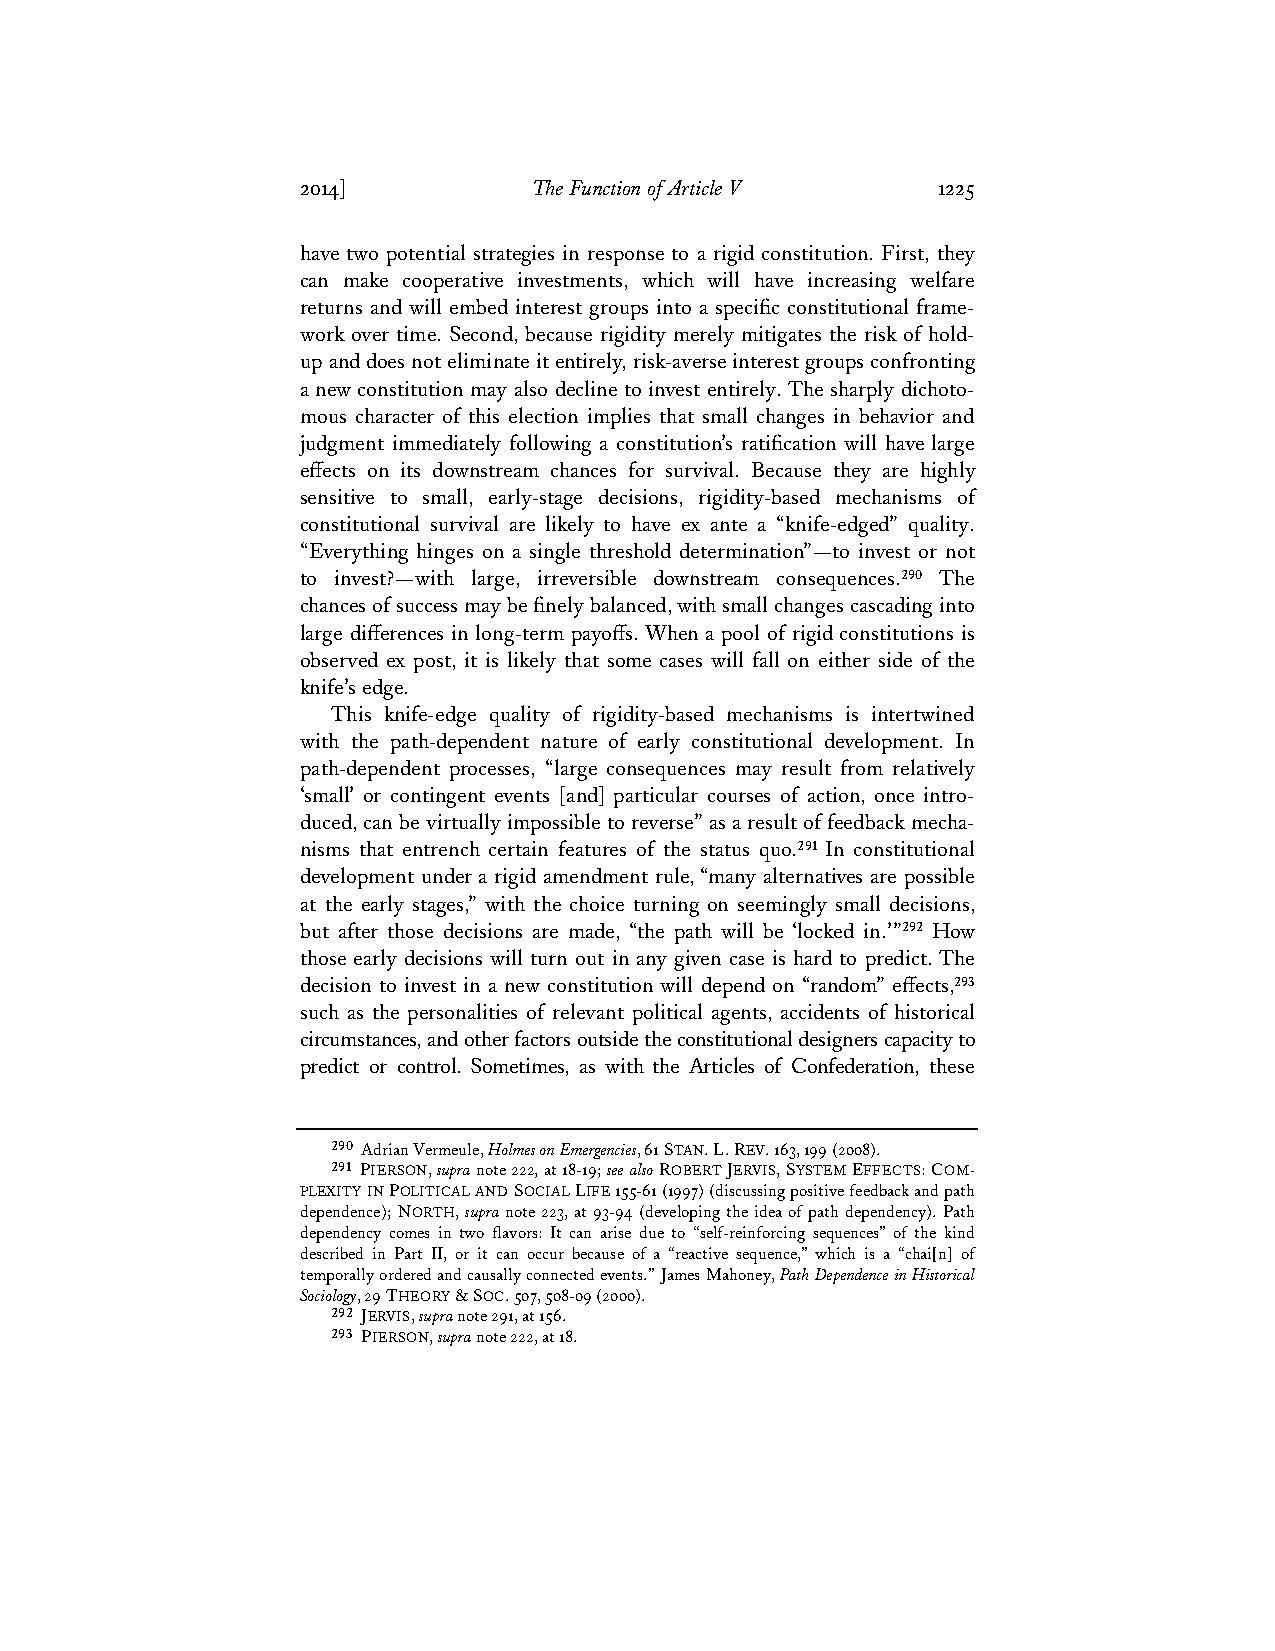
2014]          The Function of Article V  1225
 have two potential strategies in response to a rigid constitution. First, they
 can make cooperative investments, which will have increasing welfare
 returns and will embed interest groups into a specific constitutional frame-
 work over time. Second, because rigidity merely mitigates the risk of hold-
 up and does not eliminate it entirely, risk-averse interest groups confronting
 a new constitution may also decline to invest entirely. The sharply dichoto-
 mous character of this election implies that small changes in behavior and
 judgment immediately following a constitution’s ratification will have large
 effects on its downstream chances for survival. Because they are highly
 sensitive to small, early-stage decisions, rigidity-based mechanisms of
 constitutional survival are likely to have ex ante a “knife-edged” quality.
 “Everything hinges on a single threshold determination”—to invest or not
 to invest?—with large, irreversible downstream consequences.290 The
 chances of success may be finely balanced, with small changes cascading into
 large differences in long-term payoffs. When a pool of rigid constitutions is
 observed ex post, it is likely that some cases will fall on either side of the
 knife’s edge.
 This knife-edge quality of rigidity-based mechanisms is intertwined
 with the path-dependent nature of early constitutional development. In
 path-dependent processes, “large consequences may result from relatively
 ‘small’ or contingent events [and] particular courses of action, once intro-
 duced, can be virtually impossible to reverse” as a result of feedback mecha-
 nisms that entrench certain features of the status quo.291 In constitutional
 development under a rigid amendment rule, “many alternatives are possible
 at the early stages,” with the choice turning on seemingly small decisions,
 but after those decisions are made, “the path will be ‘locked in.’”292 How
 those early decisions will turn out in any given case is hard to predict. The
 decision to invest in a new constitution will depend on “random” effects,293
 such as the personalities of relevant political agents, accidents of historical
 circumstances, and other factors outside the constitutional designers capacity to
 predict or control. Sometimes, as with the Articles of Confederation, these
 290 Adrian Vermeule, Holmes on Emergencies, 61 STAN. L. REV. 163, 199 (2008).
 291 PIERSON, supra note 222, at 18-19; see also ROBERT JERVIS, SYSTEM EFFECTS: COM-
 PLEXITY IN POLITICAL AND SOCIAL LIFE 155-61 (1997) (discussing positive feedback and path
 dependence); NORTH, supra note 223, at 93-94 (developing the idea of path dependency). Path
 dependency comes in two flavors: It can arise due to “self-reinforcing sequences” of the kind
 described in Part II, or it can occur because of a “reactive sequence,” which is a “chai[n] of
 temporally ordered and causally connected events.” James Mahoney, Path Dependence in Historical
 Sociology, 29 THEORY & SOC. 507, 508-09 (2000).
 292 JERVIS, supra note 291, at 156.
 293 PIERSON, supra note 222, at 18.